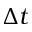
\Delta t